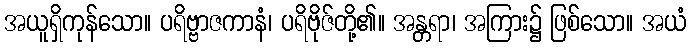
အယူရှိကုန်သော။ ပရိဗ္ဗာဇကာနံ၊ ပရိဗိုဇ်တို့၏။ အန္တရာ၊ အကြား၌ ဖြစ်သော။ အယံ